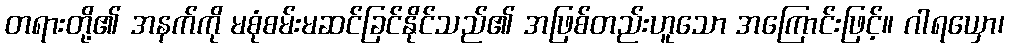
တရားတို့၏ အနက်ကို မစုံစမ်းမဆင်ခြင်နိုင်သည်၏ အဖြစ်တည်းဟူသော အကြောင်းဖြင့်။ ဂါရယှော၊